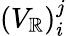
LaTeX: (V_{\mathbb{R}})_{i}^{j}